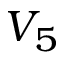
V _ { 5 }